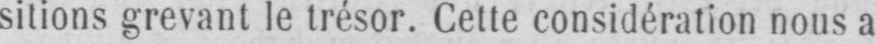
sitions grevant le trésor. Cette considération nous a